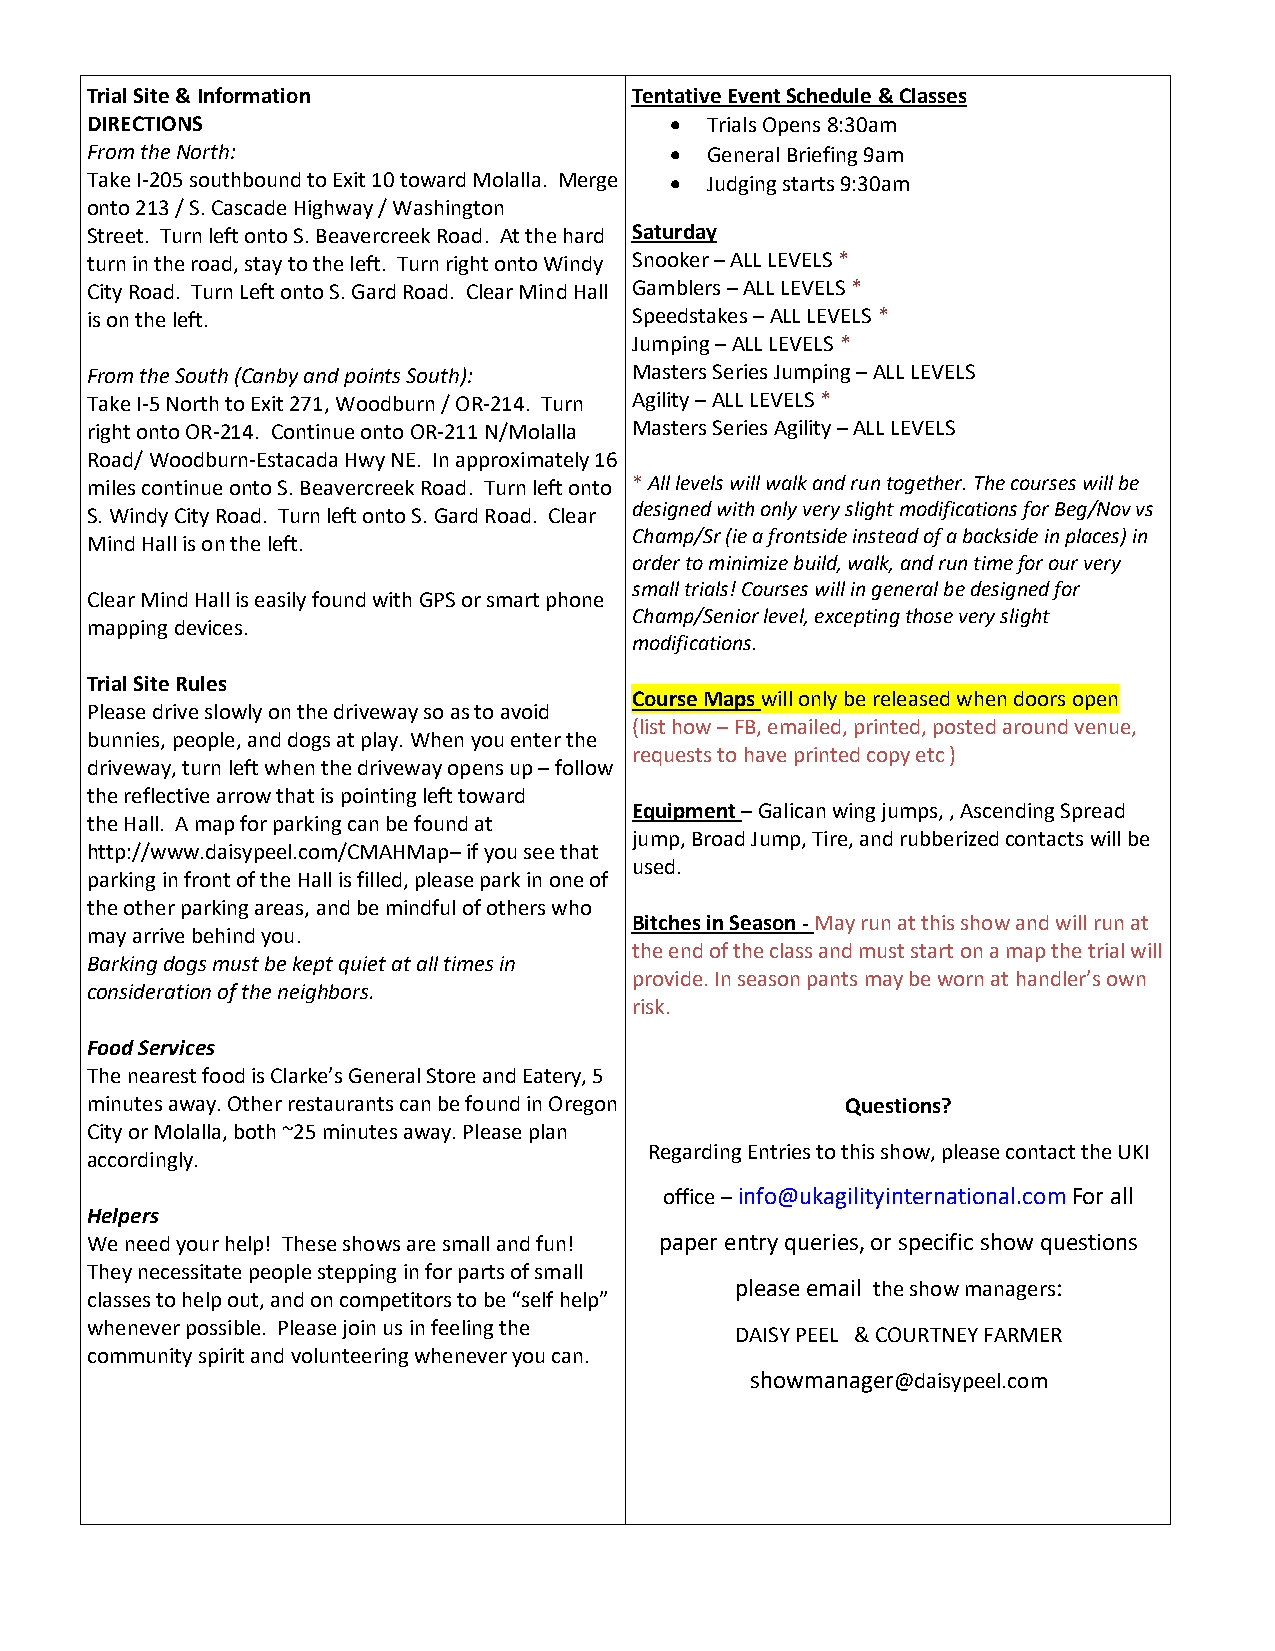
Trial Site & Information            Tentative Event Schedule & Classes
 DIRECTIONS                            •  Trials Opens 8:30am
 From the North:                       •  General Briefing 9am
 Take I-205 southbound to Exit 10 toward Molalla. Merge • Judging starts 9:30am
 onto 213 / S. Cascade Highway / Washington
 Street. Turn left onto S. Beavercreek Road. At the hard Saturday
 turn in the road, stay to the left. Turn right onto Windy Snooker – ALL LEVELS *
 City Road. Turn Left onto S. Gard Road. Clear Mind Hall Gamblers – ALL LEVELS *
 is on the left.                     Speedstakes – ALL LEVELS *
 Jumping – ALL LEVELS *
 From the South (Canby and points South): Masters Series Jumping – ALL LEVELS
 Take I-5 North to Exit 271, Woodburn / OR-214. Turn Agility – ALL LEVELS *
 right onto OR-214. Continue onto OR-211 N/Molalla Masters Series Agility – ALL LEVELS
 Road/ Woodburn-Estacada Hwy NE. In approximately 16
 miles continue onto S. Beavercreek Road. Turn left onto * All levels will walk and run together. The courses will be
 designed with only very slight modifications for Beg/Nov vs
 S. Windy City Road. Turn left onto S. Gard Road. Clear
 Champ/Sr (ie a frontside instead of a backside in places) in
 Mind Hall is on the left.
 order to minimize build, walk, and run time for our very
 small trials! Courses will in general be designed for
 Clear Mind Hall is easily found with GPS or smart phone
 Champ/Senior level, excepting those very slight
 mapping devices.
 modifications.
 Trial Site Rules
 Course Maps will only be released when doors open
 Please drive slowly on the driveway so as to avoid
 (list how – FB, emailed, printed, posted around venue,
 bunnies, people, and dogs at play. When you enter the
 requests to have printed copy etc )
 driveway, turn left when the driveway opens up – follow
 the reflective arrow that is pointing left toward
 Equipment – Galican wing jumps, , Ascending Spread
 the Hall. A map for parking can be found at
 jump, Broad Jump, Tire, and rubberized contacts will be
 http://www.daisypeel.com/CMAHMap– if you see that
 used.
 parking in front of the Hall is filled, please park in one of
 the other parking areas, and be mindful of others who
 Bitches in Season - May run at this show and will run at
 may arrive behind you.
 the end of the class and must start on a map the trial will
 Barking dogs must be kept quiet at all times in
 provide. In season pants may be worn at handler’s own
 consideration of the neighbors.
 risk.
 Food Services
 The nearest food is Clarke’s General Store and Eatery, 5
 minutes away. Other restaurants can be found in Oregon Questions?
 City or Molalla, both ~25 minutes away. Please plan
 Regarding Entries to this show, please contact the UKI
 accordingly.
 office – info@ukagilityinternational.com For all
 Helpers
 We need your help! These shows are small and fun! paper entry queries, or specific show questions
 They necessitate people stepping in for parts of small
 please email the show managers:
 classes to help out, and on competitors to be “self help”
 whenever possible. Please join us in feeling the
 DAISY PEEL & COURTNEY FARMER
 community spirit and volunteering whenever you can.
 showmanager@daisypeel.com